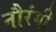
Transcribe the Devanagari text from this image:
नौरंगी